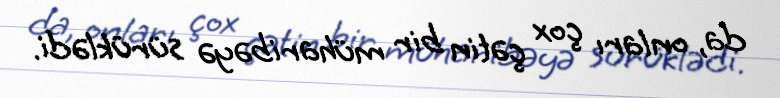
da, onları çox çətin bir müharibəyə sürüklədi.